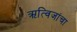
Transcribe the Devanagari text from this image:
ऋत्विजांचा